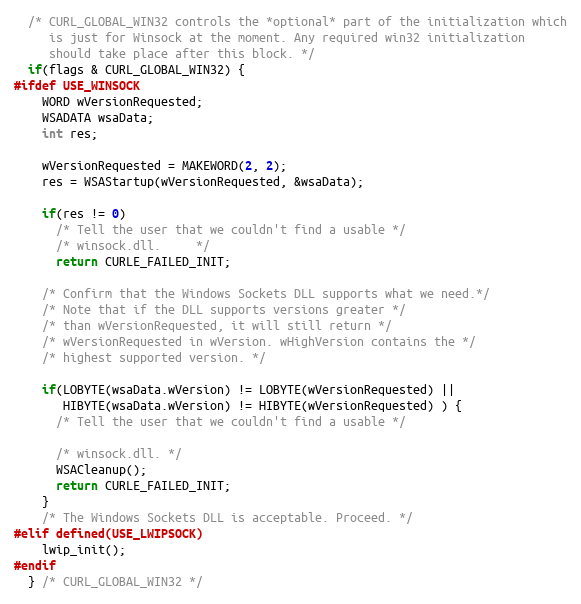
Language: C
  /* CURL_GLOBAL_WIN32 controls the *optional* part of the initialization which
     is just for Winsock at the moment. Any required win32 initialization
     should take place after this block. */
  if(flags & CURL_GLOBAL_WIN32) {
#ifdef USE_WINSOCK
    WORD wVersionRequested;
    WSADATA wsaData;
    int res;

    wVersionRequested = MAKEWORD(2, 2);
    res = WSAStartup(wVersionRequested, &wsaData);

    if(res != 0)
      /* Tell the user that we couldn't find a usable */
      /* winsock.dll.     */
      return CURLE_FAILED_INIT;

    /* Confirm that the Windows Sockets DLL supports what we need.*/
    /* Note that if the DLL supports versions greater */
    /* than wVersionRequested, it will still return */
    /* wVersionRequested in wVersion. wHighVersion contains the */
    /* highest supported version. */

    if(LOBYTE(wsaData.wVersion) != LOBYTE(wVersionRequested) ||
       HIBYTE(wsaData.wVersion) != HIBYTE(wVersionRequested) ) {
      /* Tell the user that we couldn't find a usable */

      /* winsock.dll. */
      WSACleanup();
      return CURLE_FAILED_INIT;
    }
    /* The Windows Sockets DLL is acceptable. Proceed. */
#elif defined(USE_LWIPSOCK)
    lwip_init();
#endif
  } /* CURL_GLOBAL_WIN32 */